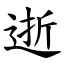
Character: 逝